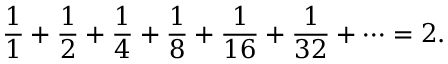
{ \frac { 1 } { 1 } } + { \frac { 1 } { 2 } } + { \frac { 1 } { 4 } } + { \frac { 1 } { 8 } } + { \frac { 1 } { 1 6 } } + { \frac { 1 } { 3 2 } } + \cdots = 2 .